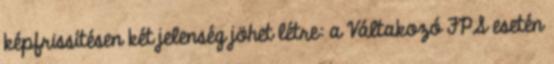
képfrissítésen két jelenség jöhet létre: a Váltakozó FPS esetén